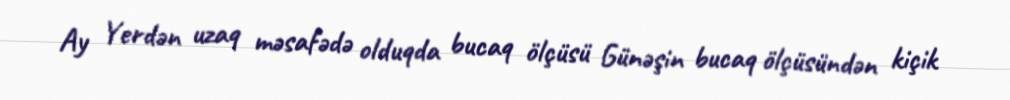
Ay Yerdən uzaq məsafədə olduqda bucaq ölçüsü Günəşin bucaq ölçüsündən kiçik